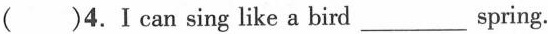
()4.Ⅰcan sing like a bird___spring.